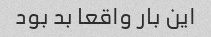
این بار واقعا بد بود